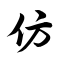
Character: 仿